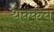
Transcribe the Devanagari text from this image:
थक्कच